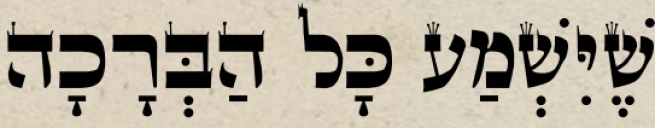
שֶׁיִּשְׁמַע כָּל הַבְּרָכָה